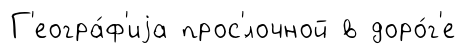
Г'еогра́ф'иjа прос'́лочной в доро́г'е